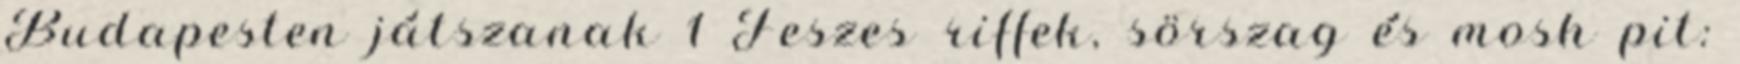
Budapesten játszanak 1 Feszes riffek, sörszag és mosh pit: